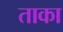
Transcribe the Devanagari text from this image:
ताका